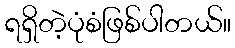
ရရှိတဲ့ပုံစံဖြစ်ပါတယ်။